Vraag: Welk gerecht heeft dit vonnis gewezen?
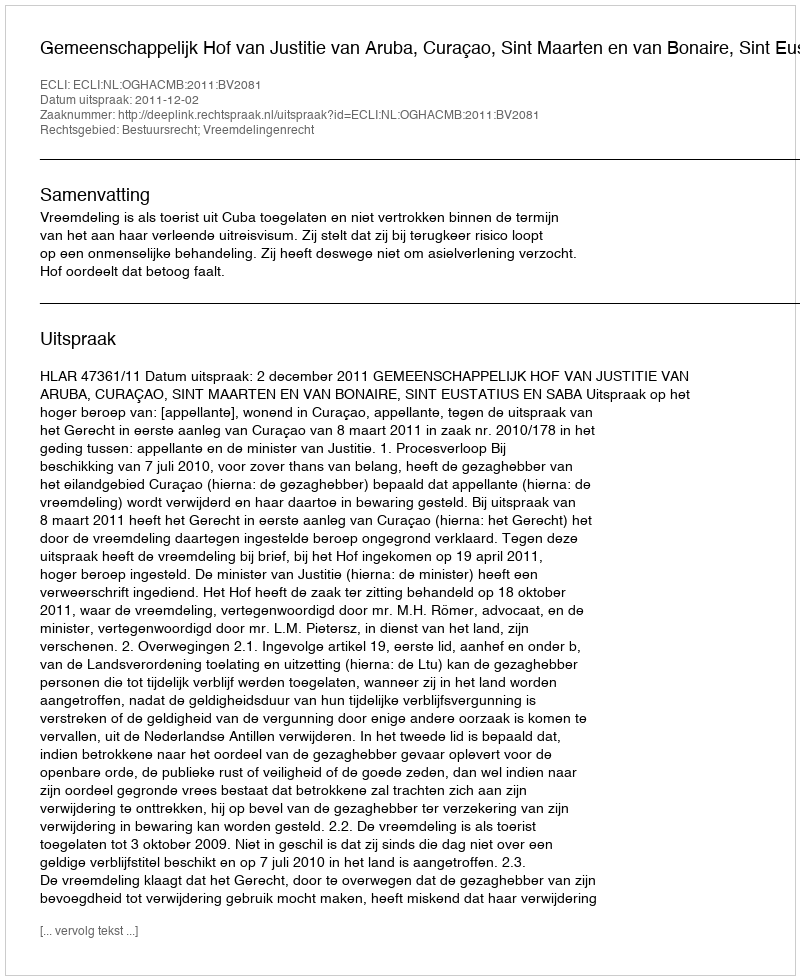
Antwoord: Gemeenschappelijk Hof van Justitie van Aruba, Curaçao, Sint Maarten en van Bonaire, Sint Eustatius en Saba